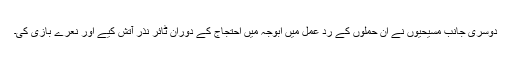
دوسری جانب مسیحیوں نے ان حملوں کے ردِ عمل میں ابوجہ میں احتجاج کے دوران ٹائر نذرِ آتش کیے اور نعرے بازی کی۔